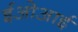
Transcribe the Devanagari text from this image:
ईओआई